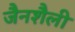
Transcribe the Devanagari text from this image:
जैनशैली